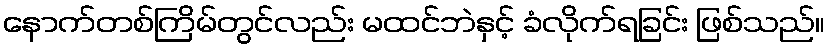
နောက်တစ်ကြိမ်တွင်လည်း မထင်ဘဲနှင့် ခံလိုက်ရခြင်း ဖြစ်သည်။